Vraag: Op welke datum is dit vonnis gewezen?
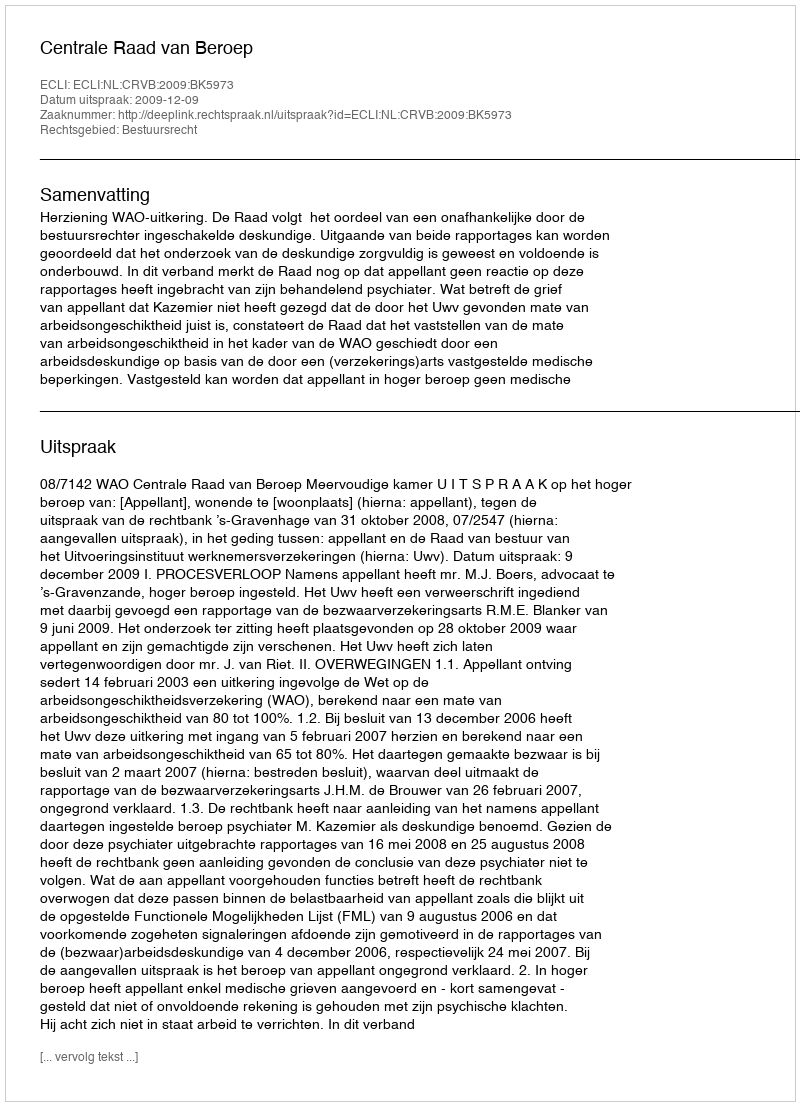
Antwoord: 2009-12-09